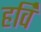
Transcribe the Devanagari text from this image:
हर्वि